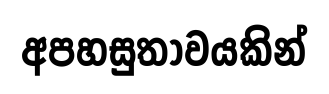
අපහසුතාවයකින්